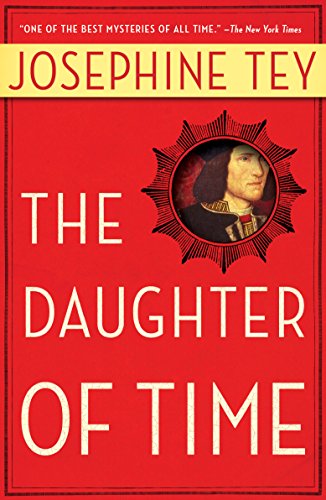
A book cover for The Daughter of Time; Josephine Tey; Mystery, Thriller & Suspense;